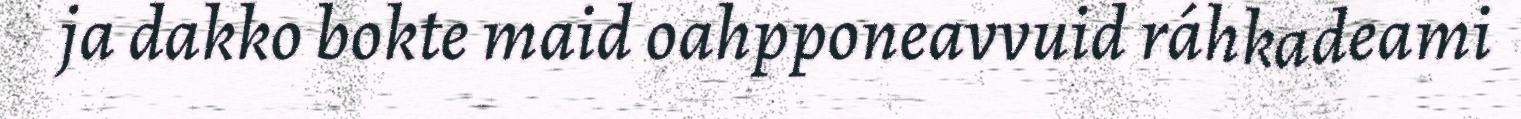
ja dakko bokte maid oahpponeavvuid ráhkadeami